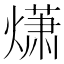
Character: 𤎻